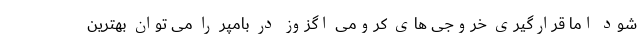
شود اما قرارگیری خروجی های کرومی اگزوز در بامپر را می توان بهترین